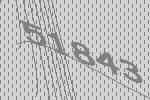
51843